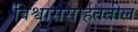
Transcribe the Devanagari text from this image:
विश्वाससार्हतेतील